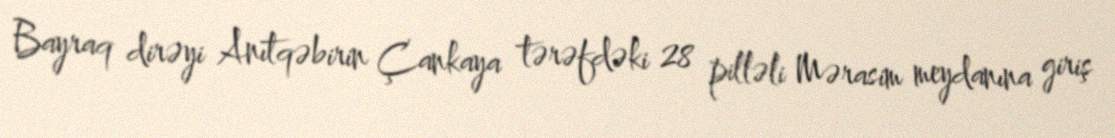
Bayraq dirəyi Anıtqəbirin Çankaya tərəfdəki 28 pilləli Mərasim meydanına giriş